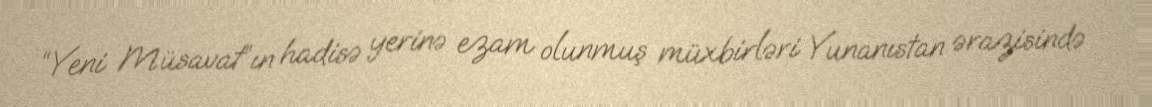
“Yeni Müsavat”ın hadisə yerinə ezam olunmuş müxbirləri Yunanıstan ərazisində